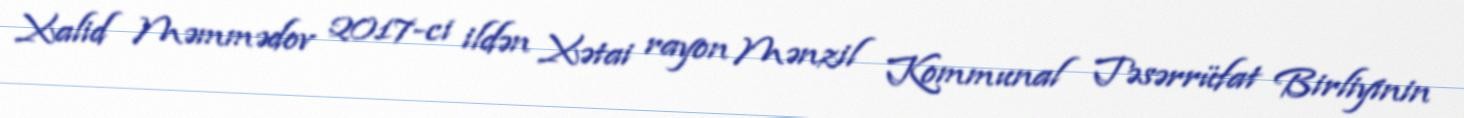
Xalid Məmmədov 2017-ci ildən Xətai rayon Mənzil Kommunal Təsərrüfat Birliyinin